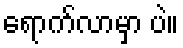
ရောက်လာမှာ ပဲ။